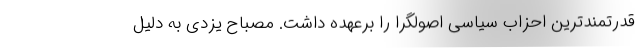
قدرتمندترین احزاب سیاسی اصولگرا را برعهده داشت. مصباح یزدی به دلیل